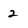
Character: 2